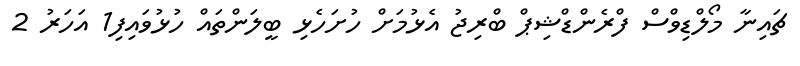
ޗައިނާ މޯލްޑިވްސް ފްރެންޑްޝިޕް ބްރިޖު އެޅުމަށް ހުށަހެޅި ބީލަންތައް ހުޅުވައިފި1 އަހަރު 2